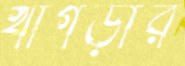
খাগড়ার